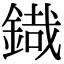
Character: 𮢜